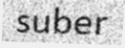
suber